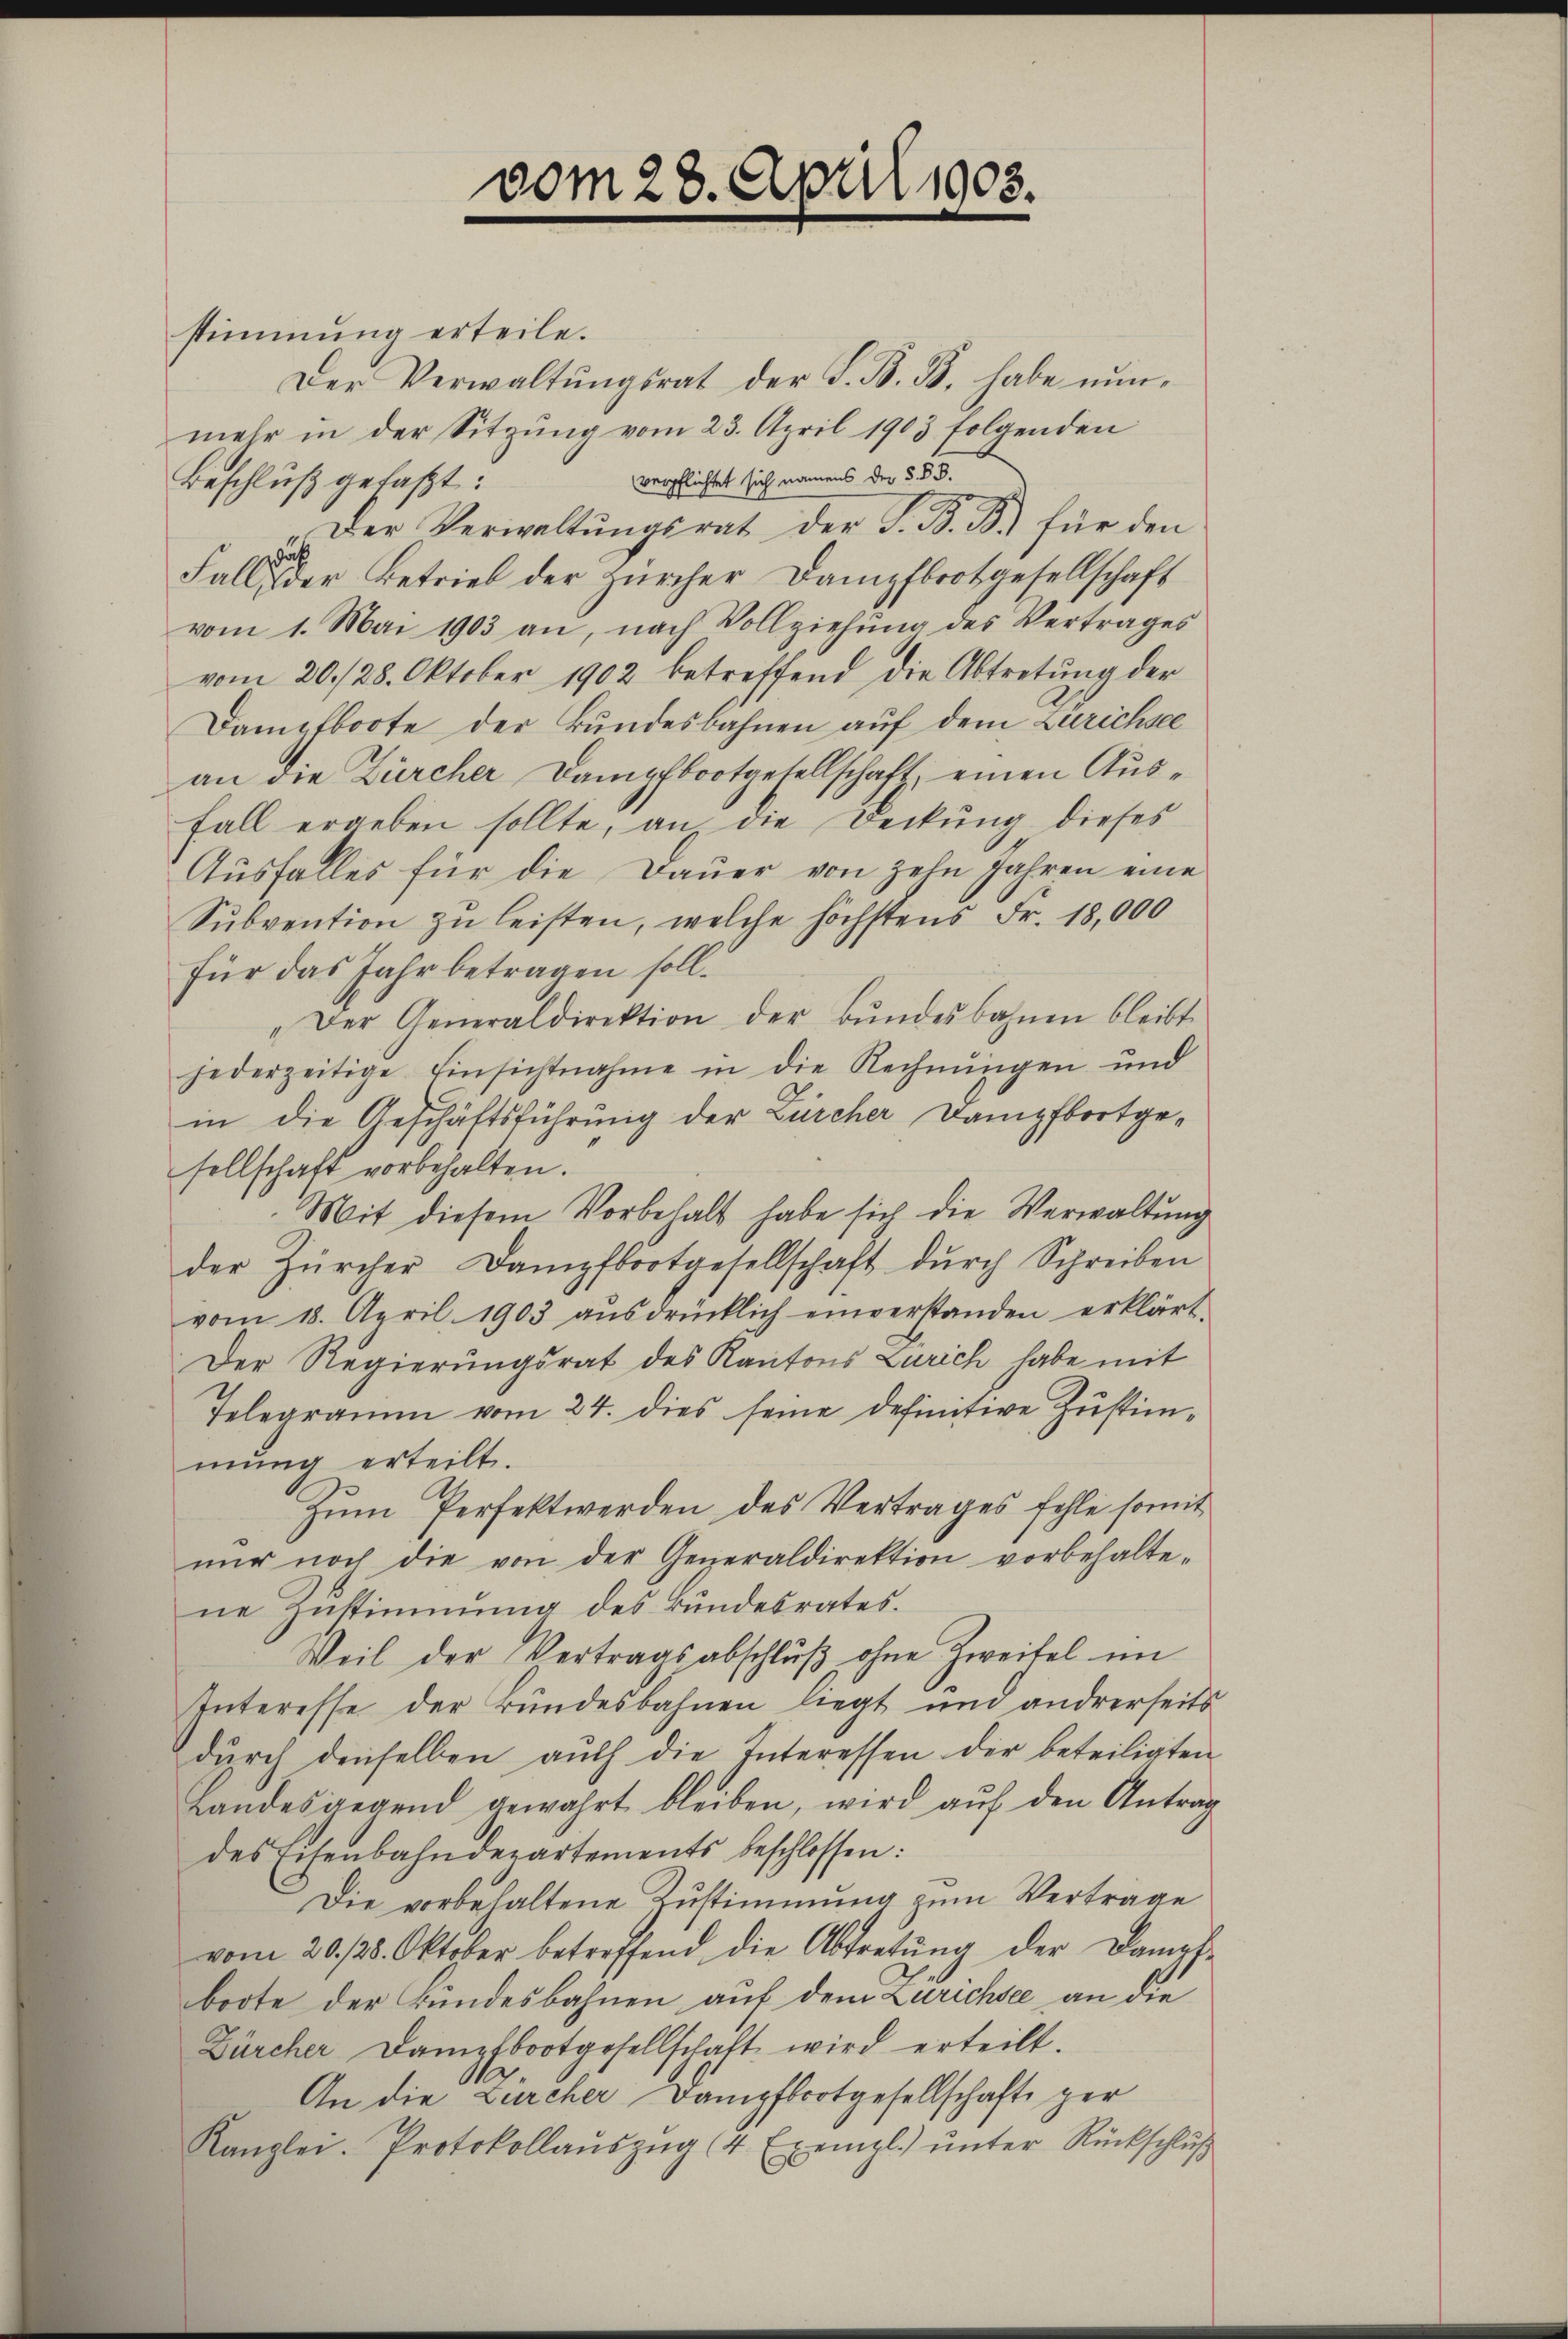
stimmung erteile.
Der Verwaltŭngsrat der F. B. B. habe nunmehr in der Sitzŭng vom 23. April 1903 folgenden
verpflichtet sich namens der §. §. 3.
Beschluß gefaßt:
Der Verwaltŭngsrat der S. B. B. für den
da
Falle der Betrieb der zürcher Dampfbrotgesellschaft
vom 1. Mai 1903 an, nach Vollziehŭng des Vertrages
vom 20./28. Oktober 1902 betreffend die Abtretung der
Dampfboote der Bundesbahnen auf dem Zurichsee
an die Zürcher Dampfbootgesellschaft, einen Aus¬
Fall ergeben sollte, an die Deckung dieses
Aŭsfalles für die Daŭer von zehn Jahren eine
Subvention zu leisten, welche höchstens Fr. 18,000
für das Jahr betragen soll.
„Der Generaldirektion der Bŭndesbahnen bleibt
jederzeitige Einsichtnahme in die Rechnungen und
in die Geschäftsführung der Bürcher Dampfbortgesellschaft vorbehalten.
Mit diesem Vorbehalt habe sich die Verwaltung
der Zürcher Dampfbootgesellschaft dŭrch Schreiben
vom 18. April 1903 aŭsdrücklich einverstanden erklärt.
Der Regierungsrat des Kantons Zürich habe mit
Telegramm vom 24. dies seine definitive Zustimmŭng erteilt.
Zŭm Perfekt werden des Vertrages fehle somit
nŭr noch die von der Generaldirektion vorbehalte-
ne Zustimmung des Bundesrates.
Weil der Vertragsabschlŭβ ohne Zweifel im
Interesse der Bundesbahnen liegt und andrerseits
dŭrch denselben aŭch die Interessen der beteiligten
Landesgegend gewahrt bleiben, wird auf den Antrag
des Eisenbahndepartements beschlossen:
Die vorbehaltene Zustimmung zum Vertrage
vom 20. 128. Oktober betreffend die Abtretŭng der Dampf-
boote der Bundesbahnen auf dem Zurichsee an die
Zürcher Dampfbootgesellschaft wird erteilt.
An die Zürcher Dampfbootgesellschaft ger
Kanzlei. Protokollaŭszŭg (4 Exempl. ŭnter Rückschlŭβ

vom 28. April 1903.